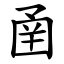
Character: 圅